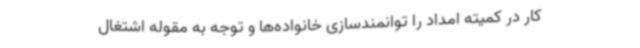
کار در کمیته امداد را توانمندسازی خانواده‌ها و توجه به مقوله اشتغال